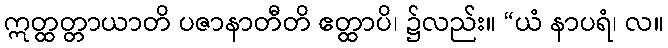
ဣတ္ထတ္တာယာတိ ပဇာနာတီတိ ဧတ္ထာပိ၊ ၌လည်း။ “ယံ နာပရံ၊ လ။